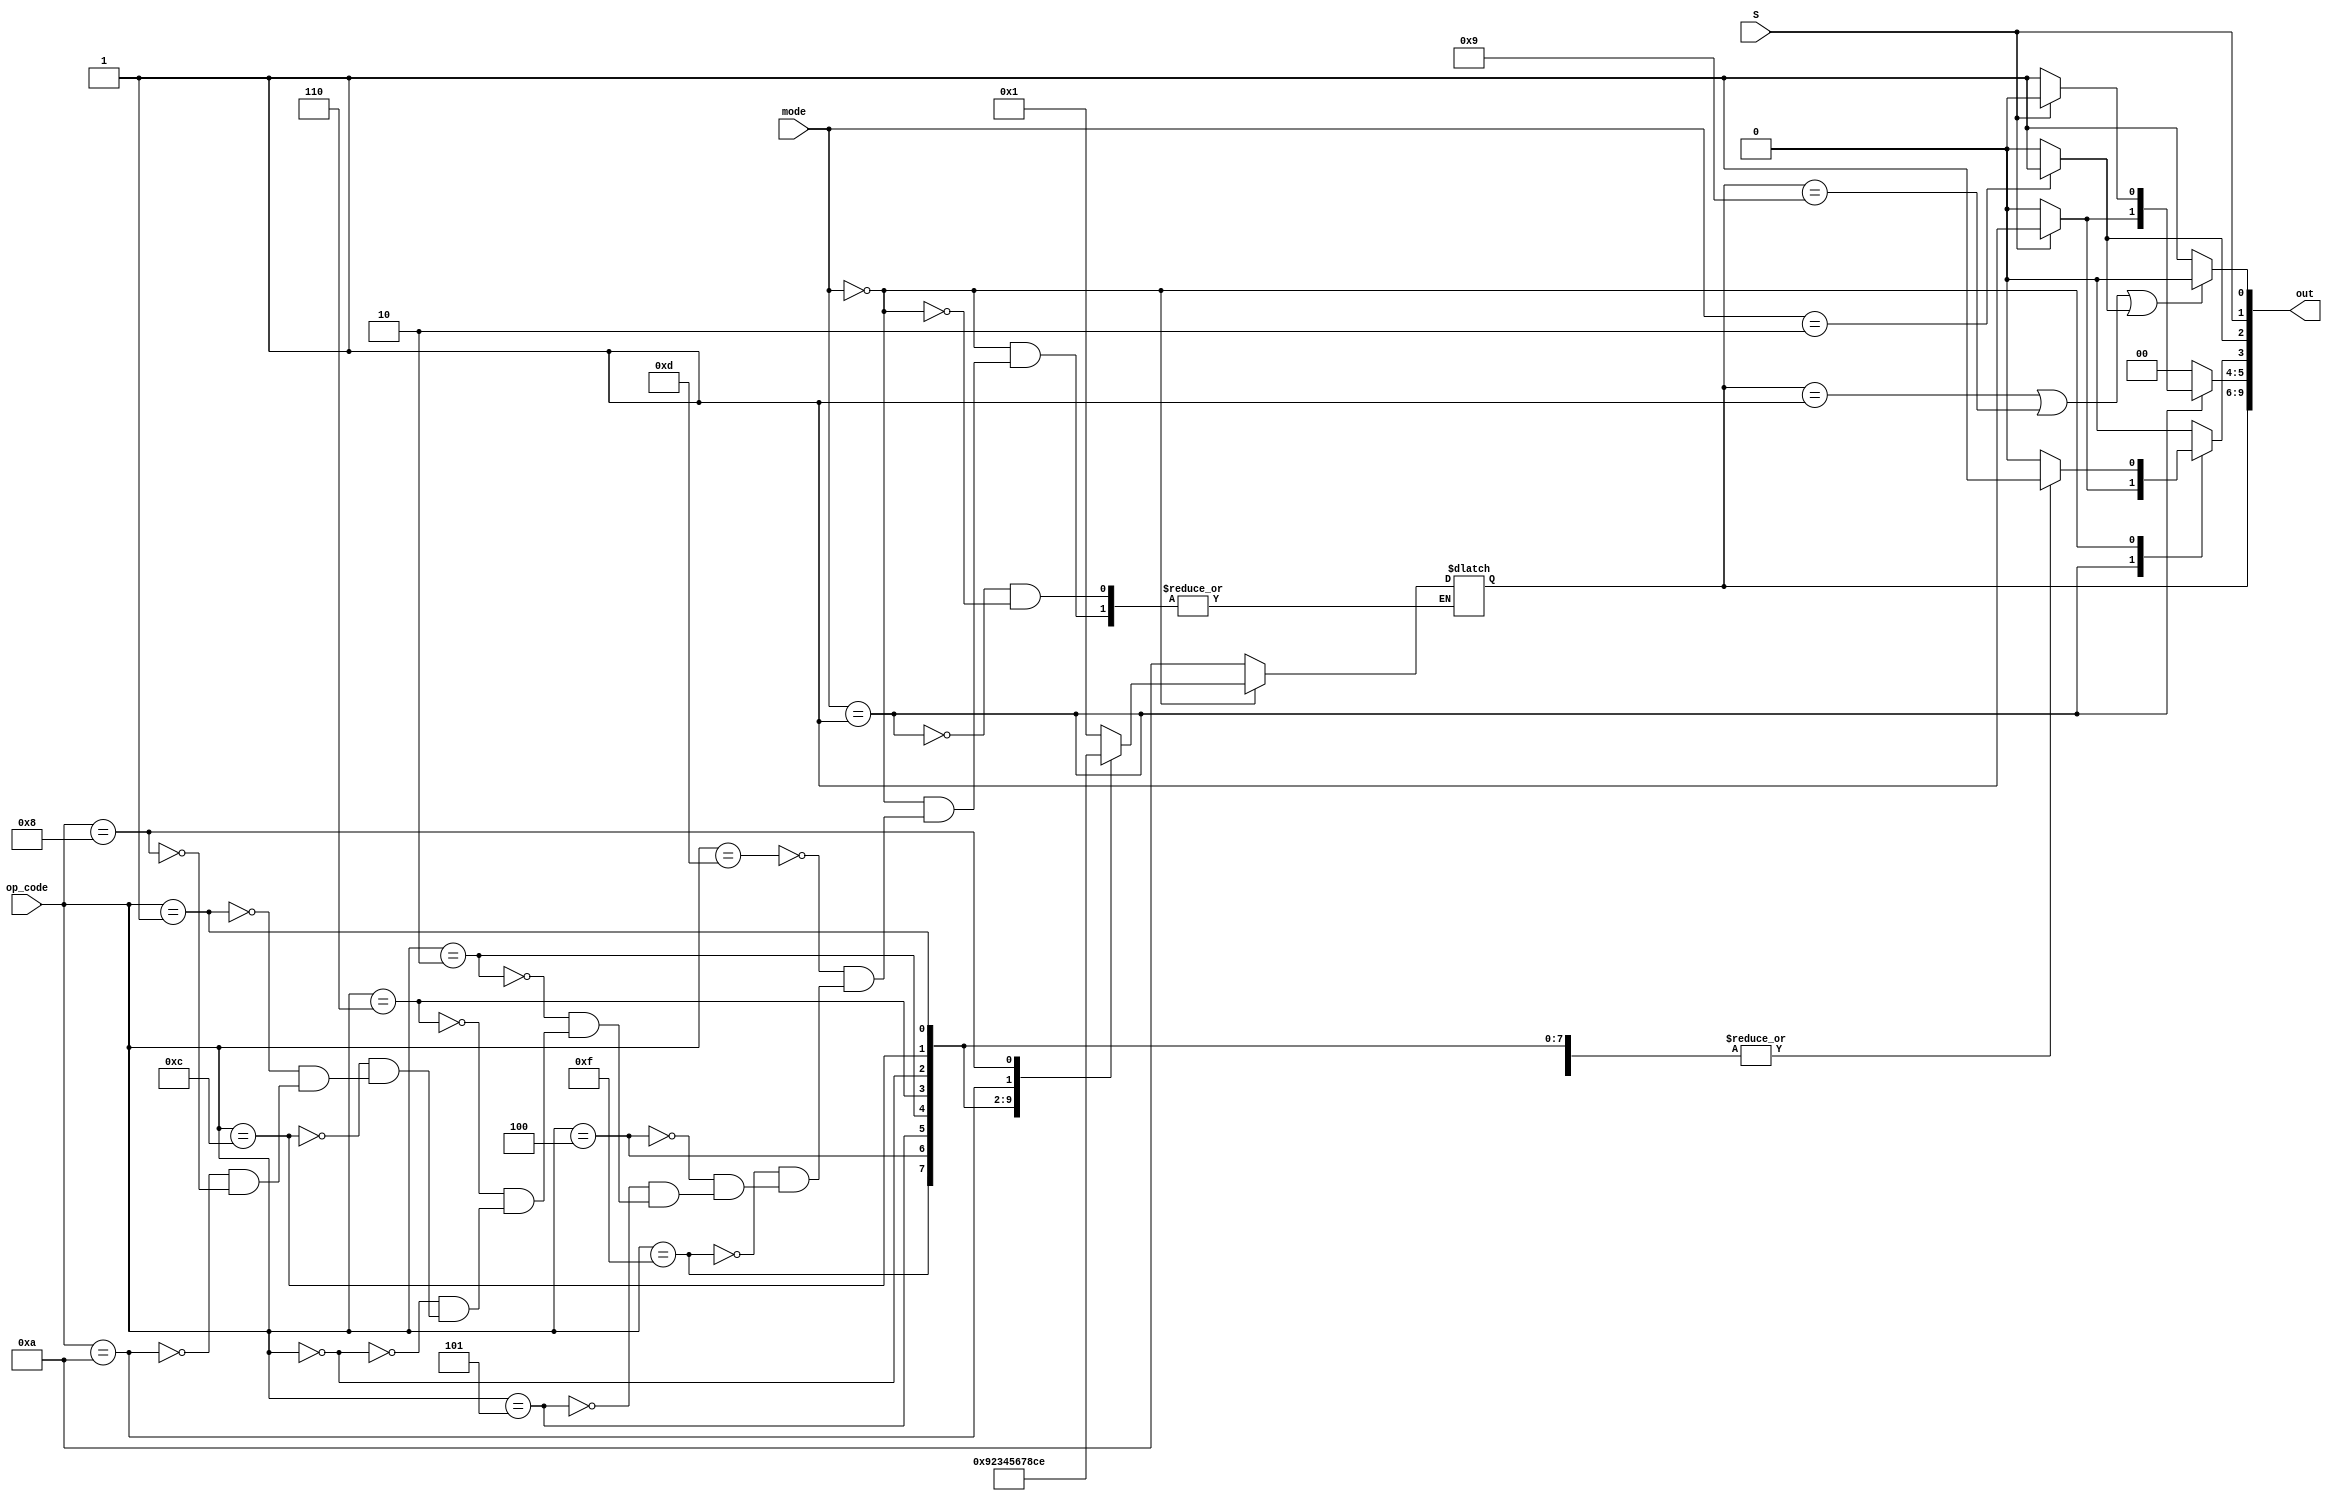
module Controller(S, mode, op_code, out);
    input S;
    input [1:0] mode;
    input [3:0] op_code;
    output [9:0] out;

    reg[9:0] ans;

    always @(*) begin
        ans[5:2] = 4'b0;
        case (mode)
            2'b01: begin
                if(S == 1'b1)begin//load
                    ans[9:6] = 4'b1010;//execmd
                    ans[5] = 1;//memread
                    ans[3] = 1;//wben
                end
                else if(S == 1'b0)begin//store
                    ans[9:6] = 4'b1010;//execmd
                    ans[4] = 1;//memwrite
                end
            end

            2'b00: begin
                case (op_code)
                    4'b1101: begin//MOV
                        ans[3] = 1;//wben
                        ans[9:6] = 4'b0001;//execmd
                    end

                    4'b1111: begin//MVN
                        ans[3] = 1;//wben
                        ans[9:6] = 4'b1001;//execmd
                    end

                    4'b0100: begin//add
                        ans[3] = 1;//wben
                        ans[9:6] = 4'b0010;
                    end

                    4'b0101: begin//adc
                        ans[3] = 1;
                        ans[9:6] = 4'b0011;
                    end

                    4'b0010: begin//sub
                        ans[3] = 1;
                        ans[9:6] = 4'b0100;
                    end

                    4'b0110: begin//sbc
                        ans[3] = 1;
                        ans[9:6] = 4'b0101;
                    end
                    4'b0000: begin//and
                        ans[3] = 1;
                        ans[9:6] = 4'b0110;
                    end

                    4'b1100: begin//or
                        ans[3] = 1;
                        ans[9:6] = 4'b0111;
                    end

                    4'b0001: begin//xor
                        ans[3] = 1;
                        ans[9:6] = 4'b1000;
                    end

                    4'b1010: begin//cmp
                        ans[9:6] = 4'b1100;
                    end

                    4'b1000: begin//tst
                        ans[9:6] = 4'b1110;
                    end
                endcase
            end

            2'b10: begin//branch
                ans[2] = 1;//B
            end
        endcase
    end

    assign out[1] = S;
    assign out[0] = ((ans[9:6] == 4'b0001) ||
                       (ans[9:6] == 4'b1001) || 
                            ans[2]) ? 1'b0 : 1'b1;

    assign out[9:2] = ans[9:2];
endmodule